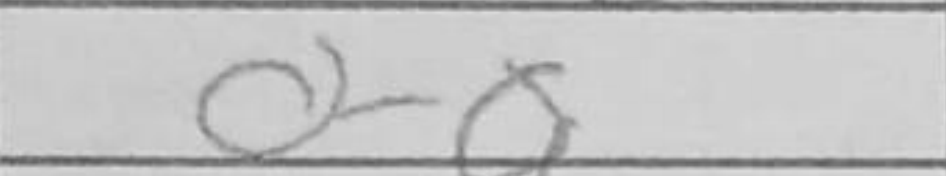
Transcription: O-O